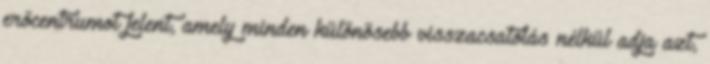
erőcentrumot jelent, amely minden különösebb visszacsatolás nélkül adja azt,